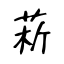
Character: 菥